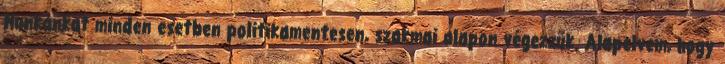
Munkánkat minden esetben politikamentesen, szakmai alapon végezzük. Alapelvem, hogy